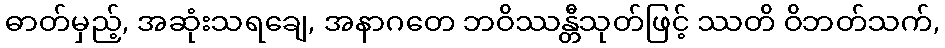
ဓာတ်မှည့်, အဆုံးသရချေ, အနာဂတေ ဘဝိဿန္တီသုတ်ဖြင့် ဿတိ ဝိဘတ်သက်,